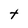
Character: t